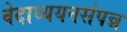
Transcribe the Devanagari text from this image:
वेदाध्ययनसंपन्न